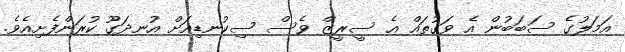
އަމަލުގެ ސަބަބުން އެ ވަގުތައް އެ ސީރީޒް ވެސް ސިކުނޑިއަށް އުނދަގޫ ކުރަންފެށިއެވެ.